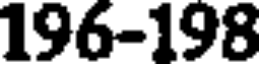
196-198